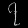
Digit: ၇